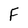
Character: F